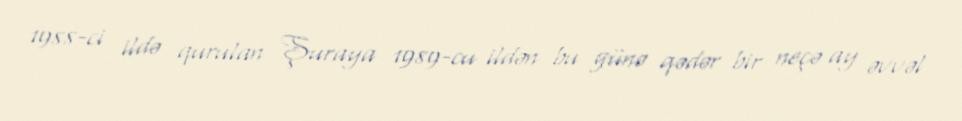
1988-ci ildə qurulan Şuraya 1989-cu ildən bu günə qədər bir neçə ay əvvəl